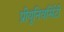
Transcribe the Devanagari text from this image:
प्रीयूनिवर्सिटी